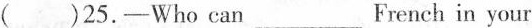
( )25.—Who can___French in your